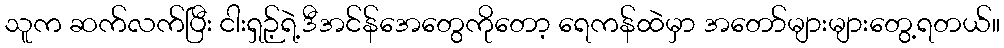
သူက ဆက်လက်ပြီး ငါးရှဉ့်ရဲ့ဒီအင်န်အေတွေကိုတော့ ရေကန်ထဲမှာ အတော်များများတွေ့ရတယ်။